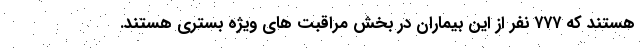
هستند که ۷۷۷ نفر از این بیماران در بخش مراقبت های ویژه بستری هستند.